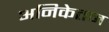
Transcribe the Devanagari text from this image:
अनिकेतन